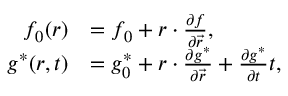
\begin{array} { r l } { f _ { 0 } ( \boldsymbol { r } ) } & { = f _ { 0 } + \boldsymbol { r } \cdot \frac { \partial f } { \partial \vec { r } } , } \\ { g ^ { \ast } ( \boldsymbol { r } , t ) } & { = g _ { 0 } ^ { \ast } + \boldsymbol { r } \cdot \frac { \partial g ^ { \ast } } { \partial \vec { r } } + \frac { \partial g ^ { \ast } } { \partial t } t , } \end{array}